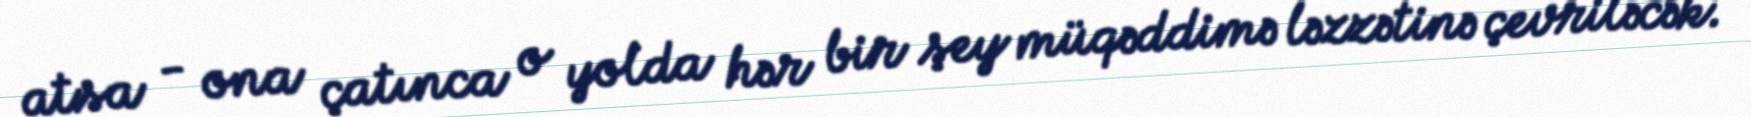
atsa - ona çatınca o yolda hər bir şey müqəddimə ləzzətinə çevriləcək.